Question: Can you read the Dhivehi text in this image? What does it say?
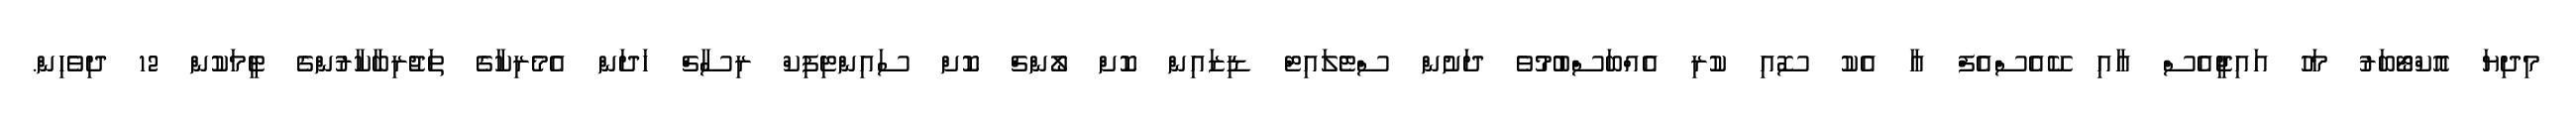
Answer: މިދިޔަ އޮކްޓޯބަރު މަހު އައިޖީއެސް އާއި ކޭއެސްއެފް އާ އެކު ސޮއި ކުރި އެއްބަސްބުމުވެ ދަށުން ސްޓެލައިޓް ޑިޒައިން ކޮށް ލޯންޗް ކޮށް ސައިންޓިފިކް ރިސާޗް ހަދަން އެމެރިކާގެ ތަޖުރިބާކާރުންގެ ޓީމަކުން 12 ދިވެހިން.